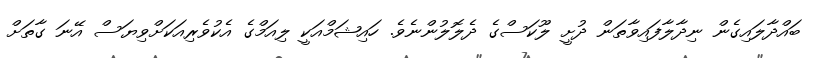
ބައްދާލައިގެން ނިދާލާފައިވާތަން ދުށީ ލޫކަސްގެ ދެލޮލުންނެވެ. ހައިޝަމްއަކީ ލިއަމްގެ އެކުވެރިއަކަށްވިޔަސް އޭނަ ގާތަށް